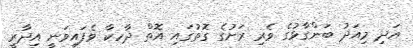
އަދި މިއަދު ބަންގާޅުގެ ވެރި ރަށުގެ ގޮތުގައި އޮތް ދާހކާ ވެފައިވަނީ އިދާރީ